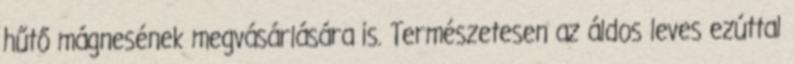
hűtő mágnesének megvásárlására is. Természetesen az áldos leves ezúttal